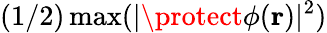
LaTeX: (1/2)\operatorname*{max}(|\protect\phi(\mathbf{r})|^{2})